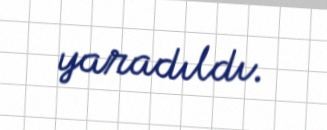
yaradıldı.